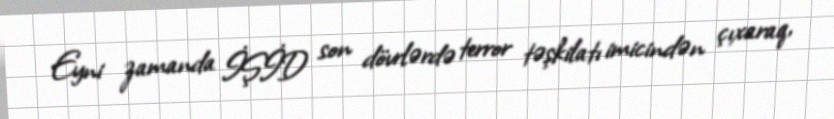
Eyni zamanda İŞİD son dövrlərdə terror təşkilatı imicindən çıxaraq,